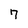
Character: 7